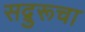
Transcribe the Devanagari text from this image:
सद्गुरूचा